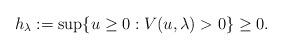
LaTeX: \begin{align*}h_{\lambda}:=\sup\{u\geq 0:V(u,\lambda)>0\}\geq 0. \end{align*}